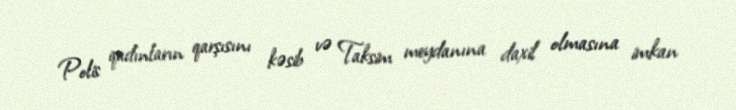
Polis qadınların qarşısını kəsib və Taksim meydanına daxil olmasına imkan